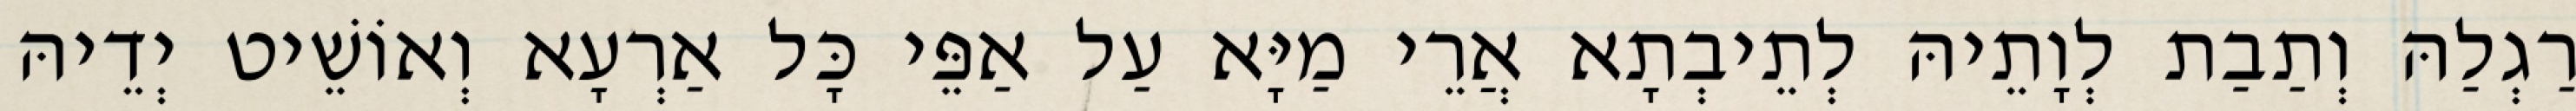
רַגְלַהּ וְתַבַת לְוָתֵיהּ לְתֵיבְתָא אֲרֵי מַיָּא עַל אַפֵּי כָּל אַרְעָא וְאוֹשֵׁיט יְדֵיהּ